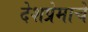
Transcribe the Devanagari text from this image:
देशप्रेमाचे